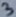
Text: 3